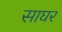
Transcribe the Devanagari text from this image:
साघर